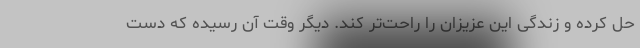
حل کرده و زندگی این عزیزان را راحت‌تر کند. دیگر وقت آن رسیده که دست